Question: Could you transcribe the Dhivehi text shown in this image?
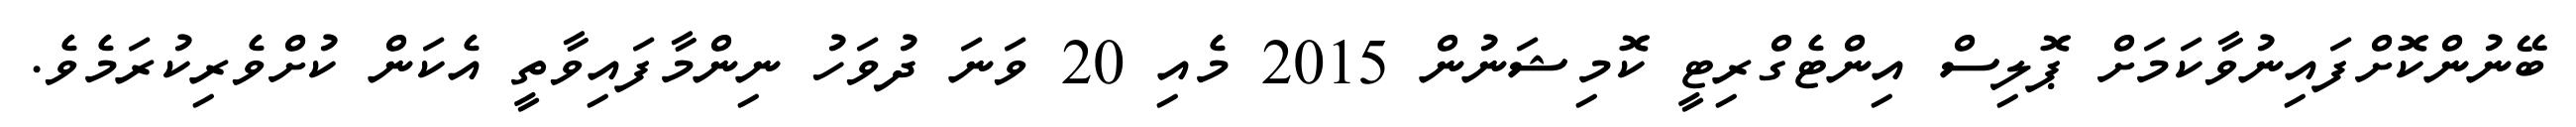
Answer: ބޭނުންކޮށްފައިނުވާކަމަށް ޕޮލިސް އިންޓެގްރިޓީ ކޮމިޝަނުން 2015 މެއި 20 ވަނަ ދުވަހު ނިންމާފައިވާތީ އެކަން ކުށްވެރިކުރަމެވެ.